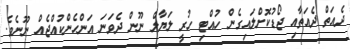
ދެއަތް ދެއަތާއި ޖޯޑުކޮށްލައިގެން ހުއްޓި ހުރީ ލަޔާލް ނޫން ދެވަނަ އަންހެންކުއްޖެއް ނޫނެވެ.